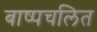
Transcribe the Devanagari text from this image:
बाष्पचलित